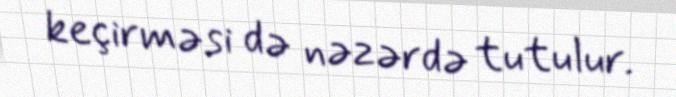
keçirməsi də nəzərdə tutulur.